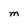
Character: M